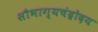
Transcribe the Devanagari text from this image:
सौभाग्यचंद्रोदय